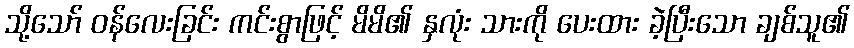
သို့သော် ဝန်လေးခြင်း ကင်းစွာဖြင့် မိမိ၏ နှလုံး သားကို ပေးထား ခဲ့ပြီးသော ချစ်သူ၏